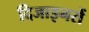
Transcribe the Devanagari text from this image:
दिजाइनरों